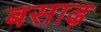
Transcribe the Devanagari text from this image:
बसाढ़